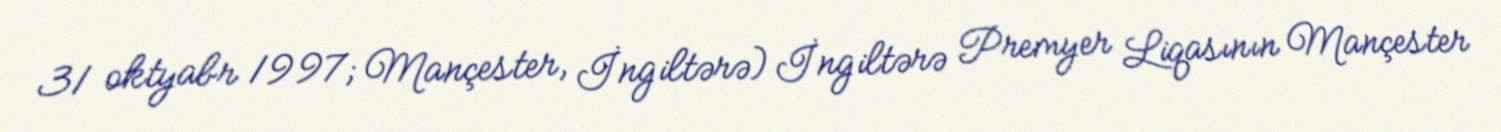
31 oktyabr 1997; Mançester, İngiltərə) İngiltərə Premyer Liqasının Mançester